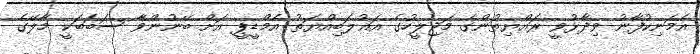
އެމަނިކުފާނު ވިދާޅުވީ ރައްޔިތުންގެ މަޖިލީހުގެ އަޣުލަބިއްޔަތު އެމްޑީޕީ އަށް ބޭނުންވާ ސަބަބަކީ މާލޭގެ